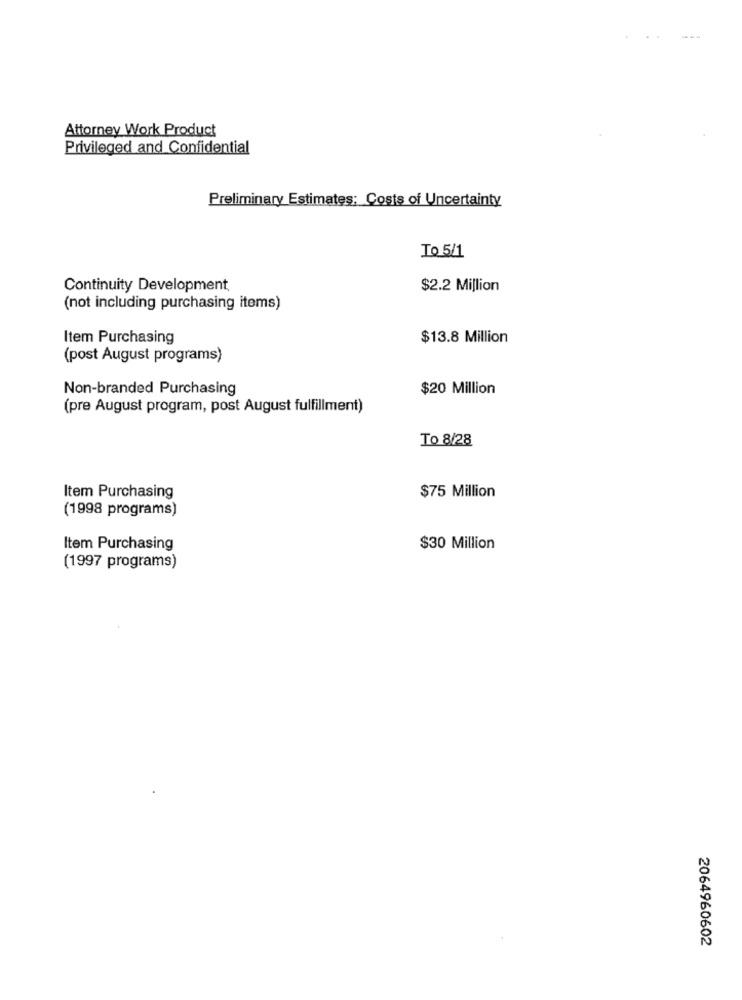
Attorney Work Product
Privileged and Confidential
Preliminary Estimates: Costs of Uncertainty
To 5/1
Continuity Development,
$2.2 Million
(not including purchasing items)
Item Purchasing
$13.8 Million
(post August programs)
Non-branded Purchasing
$20 Million
(pre August program, post August fulfillment)
To 8/28
Item Purchasing
$75 Million
(1998 programs)
Item Purchasing
$30 Million
(1997 programs)
2064960602